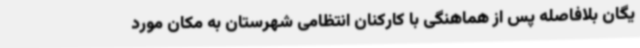
یگان بلافاصله پس از هماهنگی با کارکنان انتظامی شهرستان به مکان مورد